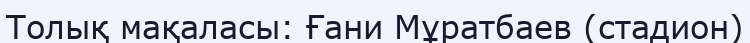
Толық мақаласы: Ғани Мұратбаев (стадион)